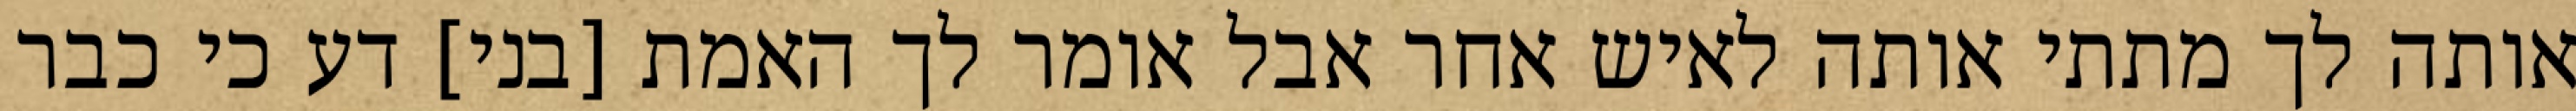
אותה לך מתתי אותה לאיש אחר אבל אומר לך האמת [בני] דע כי כבר